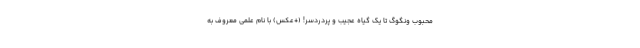
محبوب ونگوگ تا یک گیاه عجیب و پردردسر! (+عکس) با نام علمی معروف به